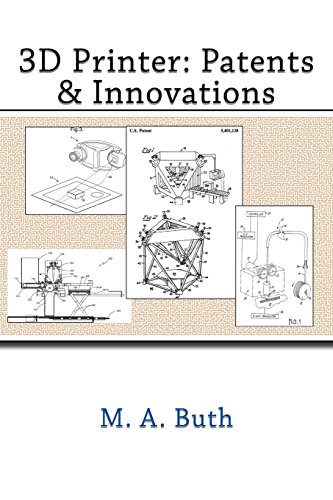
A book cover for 3D Printer: Patents & Innovations; M A Buth; Computers & Technology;